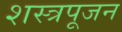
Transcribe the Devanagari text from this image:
शस्त्रपूजन